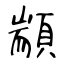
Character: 顓